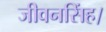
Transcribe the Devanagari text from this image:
जीवनसिंह।